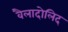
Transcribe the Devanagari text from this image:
वैलादोलिद